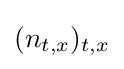
(n_{t,x})_{t,x}